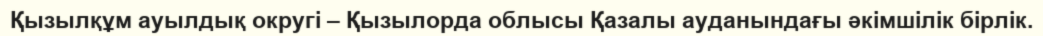
Қызылқұм ауылдық округі – Қызылорда облысы Қазалы ауданындағы әкімшілік бірлік.